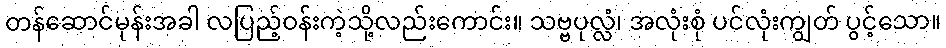
တန်ဆောင်မုန်းအခါ လပြည့်ဝန်းကဲ့သို့လည်းကောင်း။ သဗ္ဗပုလ္လံ၊ အလုံးစုံ ပင်လုံးကျွတ် ပွင့်သော။